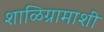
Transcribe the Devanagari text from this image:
शाळिग्रामाशी